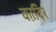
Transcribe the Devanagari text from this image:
का़दिर